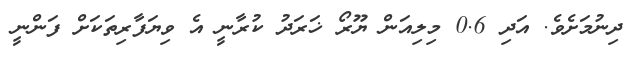
ދިނުމަށެވެ. އަދި 0.6 މިލިއަން ޔޫރޯ ޚަރަދު ކުރާނީ އެ ވިޔަފާރިތަކަށް ފަންނީ